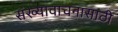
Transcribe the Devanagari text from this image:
संख्यावाचनासाठी